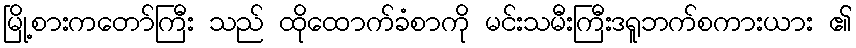
မြို့စားကတော်ကြီး သည် ထိုထောက်ခံစာကို မင်းသမီးကြီးဒရူဘက်စကားယား ၏